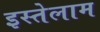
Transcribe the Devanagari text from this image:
इस्तेलाम